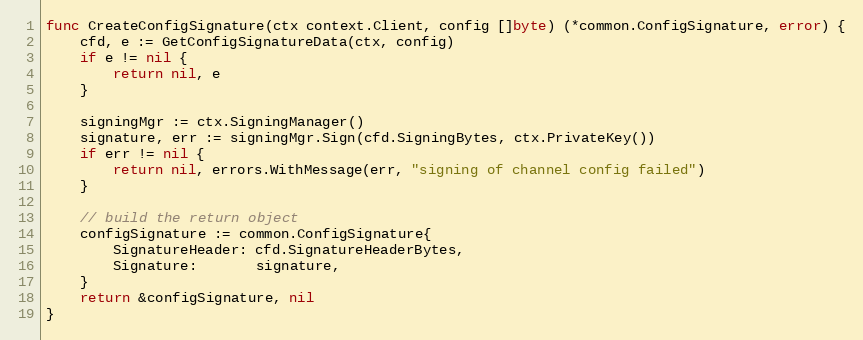
Language: Go
func CreateConfigSignature(ctx context.Client, config []byte) (*common.ConfigSignature, error) {
	cfd, e := GetConfigSignatureData(ctx, config)
	if e != nil {
		return nil, e
	}

	signingMgr := ctx.SigningManager()
	signature, err := signingMgr.Sign(cfd.SigningBytes, ctx.PrivateKey())
	if err != nil {
		return nil, errors.WithMessage(err, "signing of channel config failed")
	}

	// build the return object
	configSignature := common.ConfigSignature{
		SignatureHeader: cfd.SignatureHeaderBytes,
		Signature:       signature,
	}
	return &configSignature, nil
}